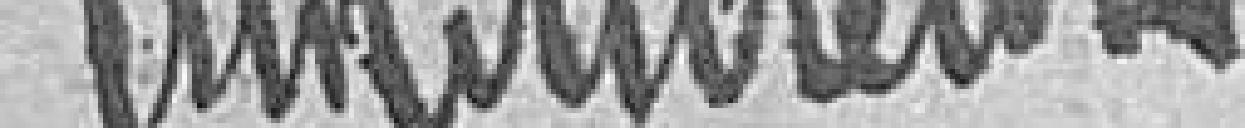
instituteurs